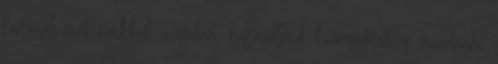
tartanak fent fiaikkal, a családi kapcsolatok kiüresedtek és mindenki